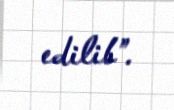
edilib”.